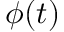
\phi ( t )